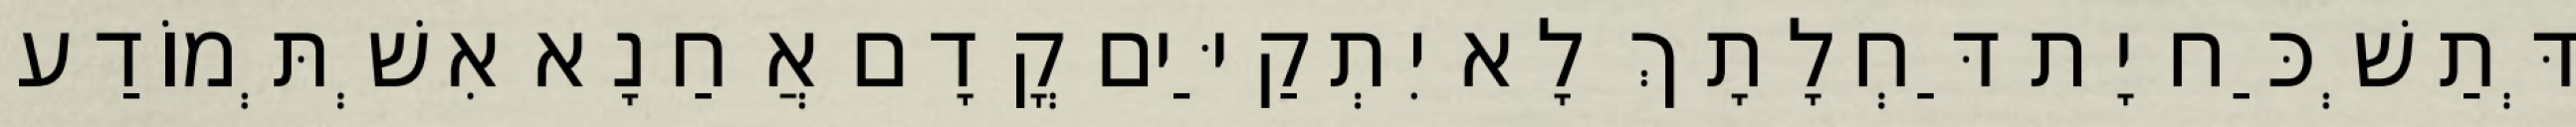
דְּתַשְׁכַּח יָת דַּחְלָתָךְ לָא יִתְקַיַּים קֳדָם אֲחַנָא אִשְׁתְּמוֹדַע